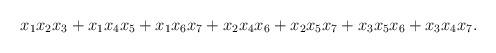
LaTeX: \begin{align*}&x_{1}x_{2}x_{3} + x_{1}x_{4}x_{5} + x_{1}x_{6}x_{7} + x_{2}x_{4}x_{6} + x_{2}x_{5}x_{7} + x_{3}x_{5}x_{6} + x_{3}x_{4}x_{7}.\end{align*}